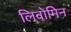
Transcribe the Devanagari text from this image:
लिवोमिन